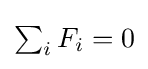
{\textstyle \sum _{i}F_{i}=0}